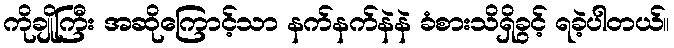
ကိုချိုကြီး အဆိုကြောင့်သာ နက်နက်နဲနဲ ခံစားသိရှိခွင့် ရခဲ့ပါတယ်။